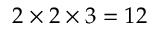
2 \times 2 \times 3 = 1 2